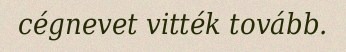
cégnevet vitték tovább.